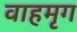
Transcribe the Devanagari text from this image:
वाहमृग